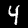
Label: 4